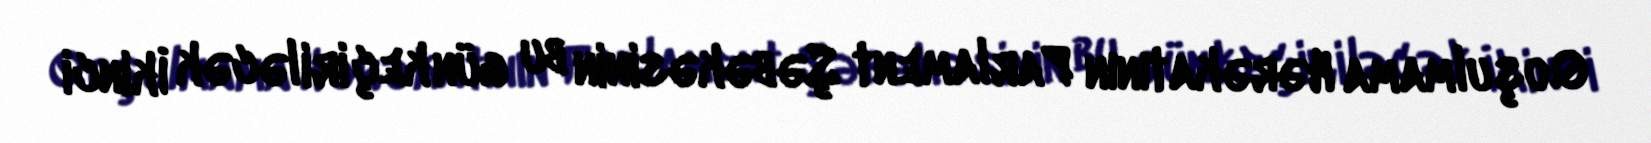
Qoşulmama Hərəkatının Parlament Şəbəkəsinin bu gün keçiriləcək İkinci